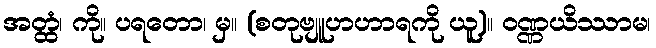
အတ္ထံ၊ ကို။ ပရတော၊ မှ။ (စတုဗျူဟဟာရကို ယူ)။ ဝဏ္ဏယိဿာမ၊